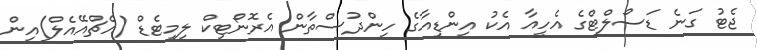
ޖެޓު ގަނެ ޑަސޯލްޓްގެ އެހީއާ އެކު އިންޑިއާގެ ހިންދުސްތާން އެރޮނޯޓިކް ލިމިޓެޑް (އެޗްއޭއެލް)އިން